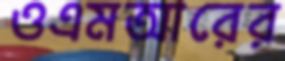
ওএমআরের